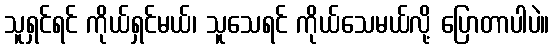
သူရှင်ရင် ကိုယ်ရှင်မယ်၊ သူသေရင် ကိုယ်သေမယ်လို့ ပြောတာပါပဲ။